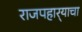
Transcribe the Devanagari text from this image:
राजपहार्‍याचा